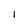
Character: 1